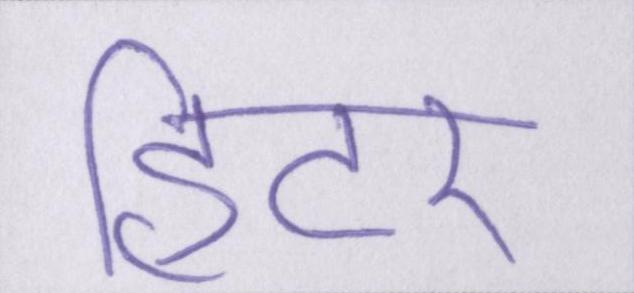
हीटर